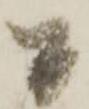
間